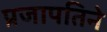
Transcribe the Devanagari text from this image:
प्रजापतिने